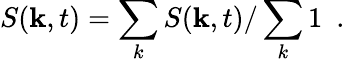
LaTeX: S(\mathbf{k},t)=\sum_{k}S(\mathbf{k},t)/\sum_{k}1\ \ .